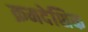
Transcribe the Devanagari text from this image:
क्रमदेशिक